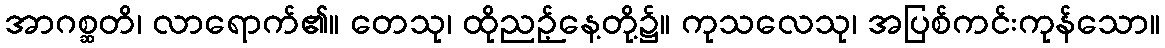
အာဂစ္ဆတိ၊ လာရောက်၏။ တေသု၊ ထိုညဉ့်နေ့တို့၌။ ကုသလေသု၊ အပြစ်ကင်းကုန်သော။